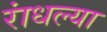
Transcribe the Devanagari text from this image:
रांधल्या